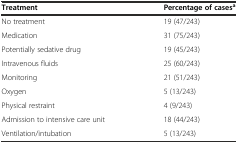
| Treatment | Percentage of casesa |
 | --- | --- |
 | No treatment | 19 (47/243) |
 | Medication | 31 (75/243) |
 | Potentially sedative drug | 19 (45/243) |
 | Intravenous fluids | 25 (60/243) |
 | Monitoring | 21 (51/243) |
 | Oxygen | 5 (13/243) |
 | Physical restraint | 4 (9/243) |
 | Admission to intensive care unit | 18 (44/243) |
 | Ventilation/intubation | 5 (13/243) |